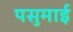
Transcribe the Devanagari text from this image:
पसुमाई